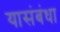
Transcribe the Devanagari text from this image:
यासंबंधा